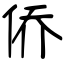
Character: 侨